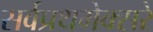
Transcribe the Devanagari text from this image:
सर्वप्रथमेक्सरे